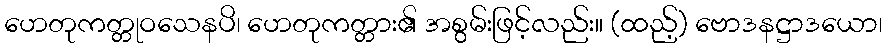
ဟေတုကတ္တုဝသေနပိ၊ ဟေတုကတ္တား၏ အစွမ်းဖြင့်လည်း။ (ထည့်) ဗောဒနဋ္ဌာဒယော၊